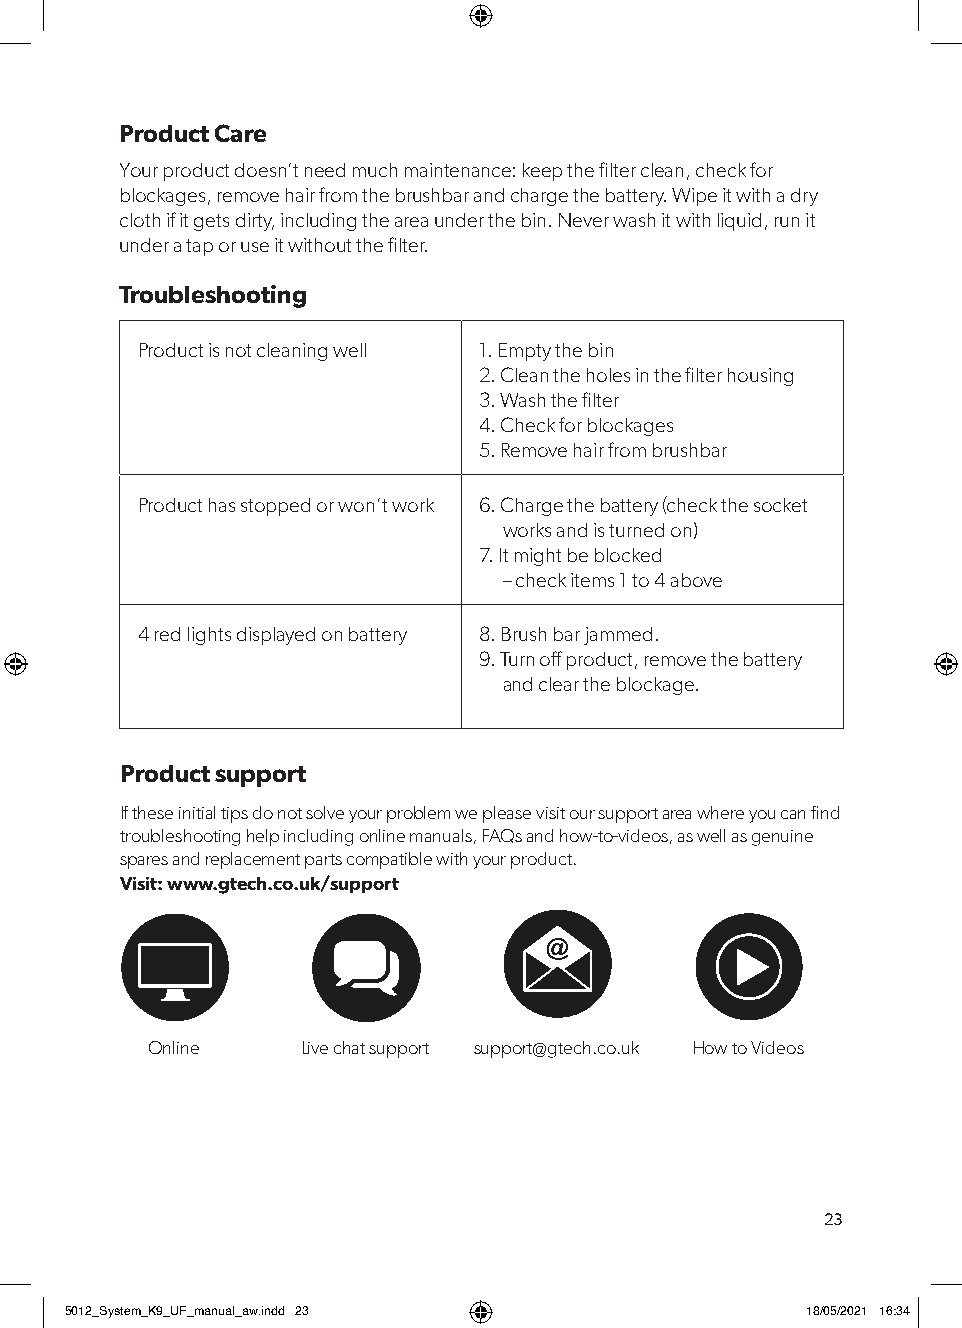
Product Care
 Your product doesn’t need much maintenance: keep the filter clean, check for
 blockages, remove hair from the brushbar and charge the battery. Wipe it with a dry
 cloth if it gets dirty, including the area under the bin. Never wash it with liquid, run it
 under a tap or use it without the filter.
 Troubleshooting
 Product is not cleaning well 1. Empty the bin
 2. Clean the holes in the filter housing
 3. Wash the filter
 4. Check for blockages
 5. Remove hair from brushbar
 Product has stopped or won’t work 6. Charge the battery (check the socket
 works and is turned on)
 7. It might be blocked
 – check items 1 to 4 above
 4 red lights displayed on battery 8. Brush bar jammed.
 9. Turn off product, remove the battery
 and clear the blockage.
 Product support
 If these initial tips do not solve your problem we please visit our support area where you can find
 troubleshooting help including online manuals, FAQs and how-to-videos, as well as genuine
 spares and replacement parts compatible with your product.
 Visit: www.gtech.co.uk/support
 Online    Live chat support support@gtech.co.uk How to Videos
 23
 55001122__SSyysstteemm__KK99__UUFF__mmaannuuaall__aaww..iinndddd 2233 1188//0055//22002211 1166::3344